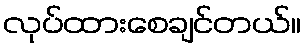
လုပ်ထားစေချင်တယ်။